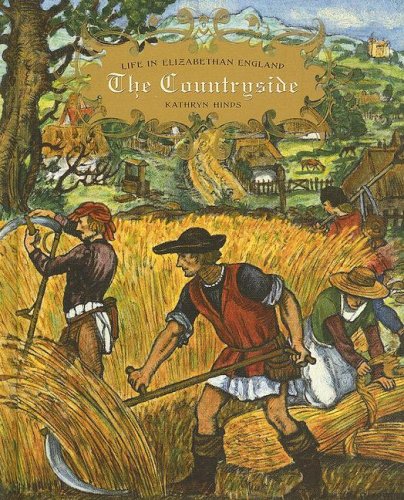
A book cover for The Countryside (Life in Elizabethan England); Kathryn Hinds; Children's Books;